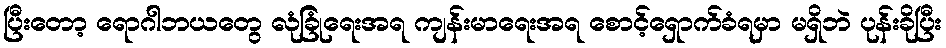
ပြီးတော့ ရောဂါဘယတွေ လုံခြုံရေးအရ ကျန်းမာရေးအရ စောင့်ရှောက်ခံရမှာ မရှိဘဲ ပုန်းခိုပြီး